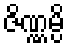
ဇိဏ္ဏမ္ပိ